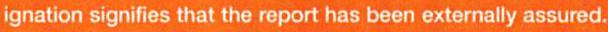
ignation signifies that the report has been externally assured.